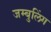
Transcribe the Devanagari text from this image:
जम्बुलिंग